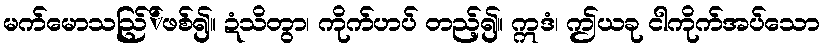
မက်မောသည်ြ်ဖစ်၍။ ဍံသိတွာ၊ ကိုက်ဟပ် တည့်၍။ ဣဒံ၊ ဤယခု ငါကိုက်အပ်သော